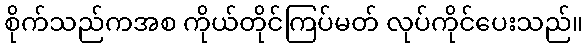
စိုက်သည်ကအစ ကိုယ်တိုင်ကြပ်မတ် လုပ်ကိုင်ပေးသည်။